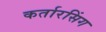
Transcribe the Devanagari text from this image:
कर्तारसिंग